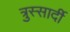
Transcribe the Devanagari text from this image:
त्रुस्सार्दी